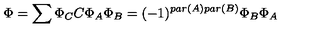
\Phi = \sum \Phi _ { C } C \Phi _ { A } \Phi _ { B } = ( - 1 ) ^ { p a r ( A ) p a r ( B ) } \Phi _ { B } \Phi _ { A }